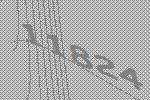
11824